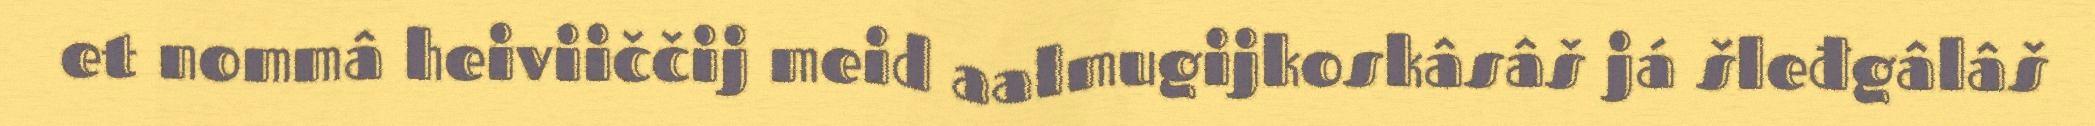
et nommâ heiviiččij meid aalmugijkoskâsâš já šleđgâlâš